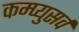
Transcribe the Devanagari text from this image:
कम्प्युसर्व